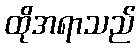
ထိုအရာသည်